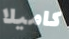
كاميلا